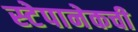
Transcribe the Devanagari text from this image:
स्टेपानेकची